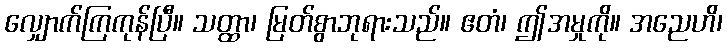
လျှောက်ကြကုန်ပြီ။ သတ္ထာ၊ မြတ်စွာဘုရားသည်။ ဧတံ၊ ဤအမှုကို။ အညေဟိ၊